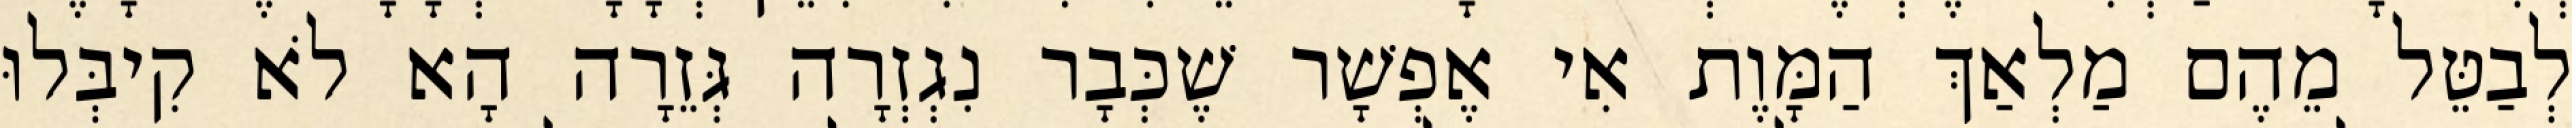
לְבַטֵּל מֵהֶם מַלְאַךְ הַמָּוֶת אִי אֶפְשָׁר שֶׁכְּבָר נִגְזְרָה גְּזֵרָה הָא לֹא קִיבְּלוּ